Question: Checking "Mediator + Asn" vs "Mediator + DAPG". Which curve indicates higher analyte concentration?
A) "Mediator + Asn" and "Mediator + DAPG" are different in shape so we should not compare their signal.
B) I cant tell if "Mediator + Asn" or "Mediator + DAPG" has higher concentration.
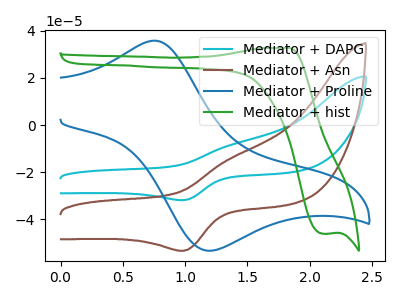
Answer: <think>The cyan curve "Mediator + DAPG" has an anodic peak at (1.35V, -8.50uA) and a cathodic peak at (1.00V, -31.85uA). The brown curve "Mediator + Asn" has an anodic peak at (1.35V, -14.20uA) and a cathodic peak at (1.00V, -53.35uA). The blue curve "Mediator + Proline" has an anodic peak at (0.75V, 35.85uA) and a cathodic peak at (1.15V, -53.30uA). The green curve "Mediator + hist" has an anodic peak at (1.80V, 32.70uA) and a cathodic peak at (2.10V, -46.10uA).
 All the peaks in "Mediator + Asn" have a peak in "Mediator + DAPG" at the same potential.</think>
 <answer>B) I cant tell if "Mediator + Asn" or "Mediator + DAPG" has higher concentration.</answer>
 <eval>B</eval>